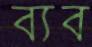
ব্যব